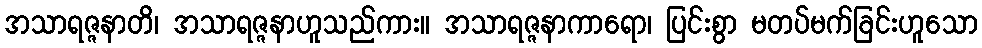
အသာရဇ္ဇနာတိ၊ အသာရဇ္ဇနာဟူသည်ကား။ အသာရဇ္ဇနာကာရော၊ ပြင်းစွာ မတပ်မက်ခြင်းဟူသော